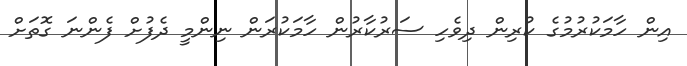
އިން ހާމަކުރުމުގެ ކުރިން ދިވެހި ސަރުކާރުން ހާމަކުރަން ނިންމީ ދެފުށް ފެންނަ ގޮތަށް